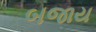
બજાય